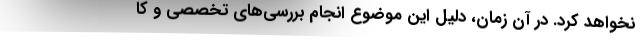
نخواهد کرد. در آن زمان، دلیل این موضوع انجام بررسی‌های تخصصی و کا